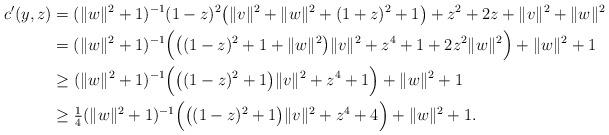
LaTeX: \begin{align*}c'(y,z)&=(\|w\|^2+1)^{-1}(1-z)^2\big(\|v\|^2+\|w\|^2+(1+z)^2+1\big)+z^2+2z+\|v\|^2+\|w\|^2\\&=(\|w\|^2+1)^{-1}\Big(\big((1-z)^2+1+\|w\|^2\big)\|v\|^2+z^4+1+2z^2\|w\|^2\Big)+\|w\|^2+1\\&\ge (\|w\|^2+1)^{-1}\Big(\big((1-z)^2+1\big)\|v\|^2+z^4+1\Big)+\|w\|^2+1\\&\ge \tfrac14(\|w\|^2+1)^{-1}\Big(\big((1-z)^2+1\big)\|v\|^2+z^4+4\Big)+\|w\|^2+1.\end{align*}